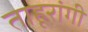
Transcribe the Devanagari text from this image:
ताहूरांगी